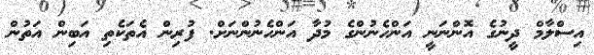
އިސްލާމް ދީނުގެ އޮންނަނީ އަންހެނުންގެ މުދާ އަންހެނުންނަށް. ފުރިން އެތަކެތި އަބިން އަތުން